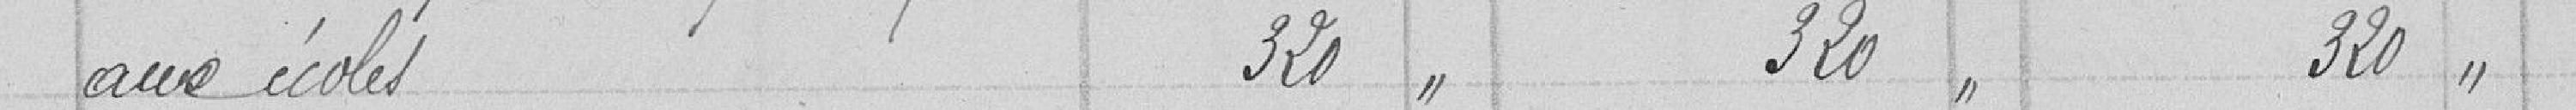
aux écoles 320 " 320 " 320 "